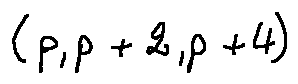
( p , p + 2 , p + 4 )